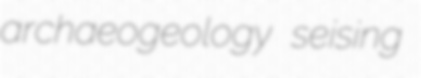
archaeogeology seising